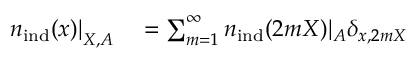
\begin{array} { r l } { \left. { n } _ { \mathrm { i n d } } ( \boldsymbol { x } ) \right| _ { \boldsymbol { X } , A } } & { { } = \sum _ { m = 1 } ^ { \infty } { n } _ { \mathrm { i n d } } ( 2 m \boldsymbol { X } ) | _ { A } \delta _ { \boldsymbol { x } , 2 m \boldsymbol { X } } } \end{array}